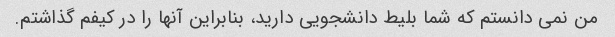
من نمی دانستم که شما بلیط دانشجویی دارید، بنابراین آنها را در کیفم گذاشتم.